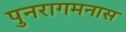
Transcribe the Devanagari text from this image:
पुनरागमनास